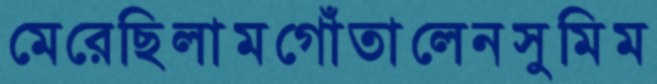
মেরেছিলামগোঁতালেনসুমিম